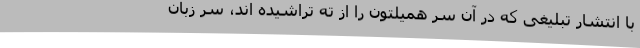
با انتشار تبلیغی که در آن سر همیلتون را از ته تراشیده اند، سر زبان